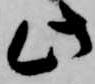
此